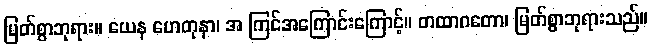
မြတ်စွာဘုရား။ ယေန ဟေတုနာ၊ အ ကြင်အကြောင်းကြောင့်။ တထာဂတော၊ မြတ်စွာဘုရားသည်။